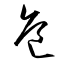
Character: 危